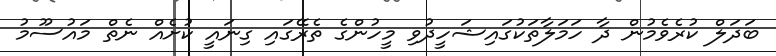
ބަދަލް ކުރެވެމުން ދާ ހަމަލާތަކުގައިޝަހީދުވި މީހުންގެ ތެރޭގައި ގިނައީ ކުށެއް ނެތް މައުސޫމު